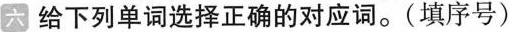
六 给下列单词选择正确的对应词.(填序号)